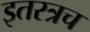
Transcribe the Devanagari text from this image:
इतरत्रच